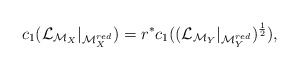
\begin{align*}c_{1}(\mathcal{L}_{\mathcal{M}_{X}}|_{\mathcal{M}^{red}_{X}})=r^{*}c_{1}((\mathcal{L}_{\mathcal{M}_{Y}}|_{\mathcal{M}^{red}_{Y}})^{\frac{1}{2}}), \end{align*}